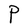
Character: P